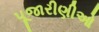
પૂજારીણીઓ